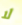
لا